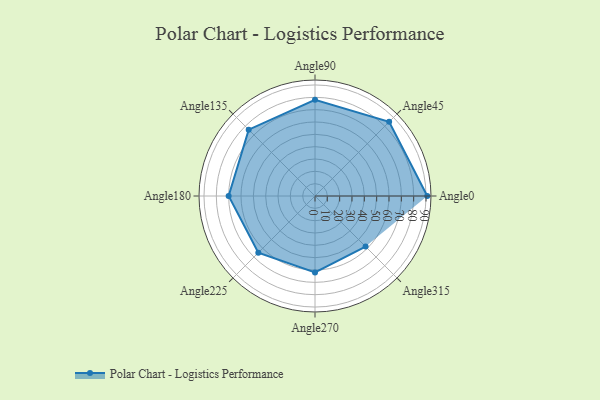
{"axis": {"x": "Angle", "y": "Radius"}, "legend": [""], "data": [{"x": "Angle0", "y": 91.0, "type": ""}, {"x": "Angle45", "y": 85.0, "type": ""}, {"x": "Angle90", "y": 78.0, "type": ""}, {"x": "Angle135", "y": 76.0, "type": ""}, {"x": "Angle180", "y": 70.0, "type": ""}, {"x": "Angle225", "y": 65.0, "type": ""}, {"x": "Angle270", "y": 62.0, "type": ""}, {"x": "Angle315", "y": 58.0, "type": ""}]}